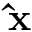
\mathbf { \hat { x } }